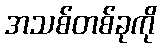
အသစ်တစ်ခုကို